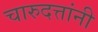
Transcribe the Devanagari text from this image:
चारुदत्तांनी